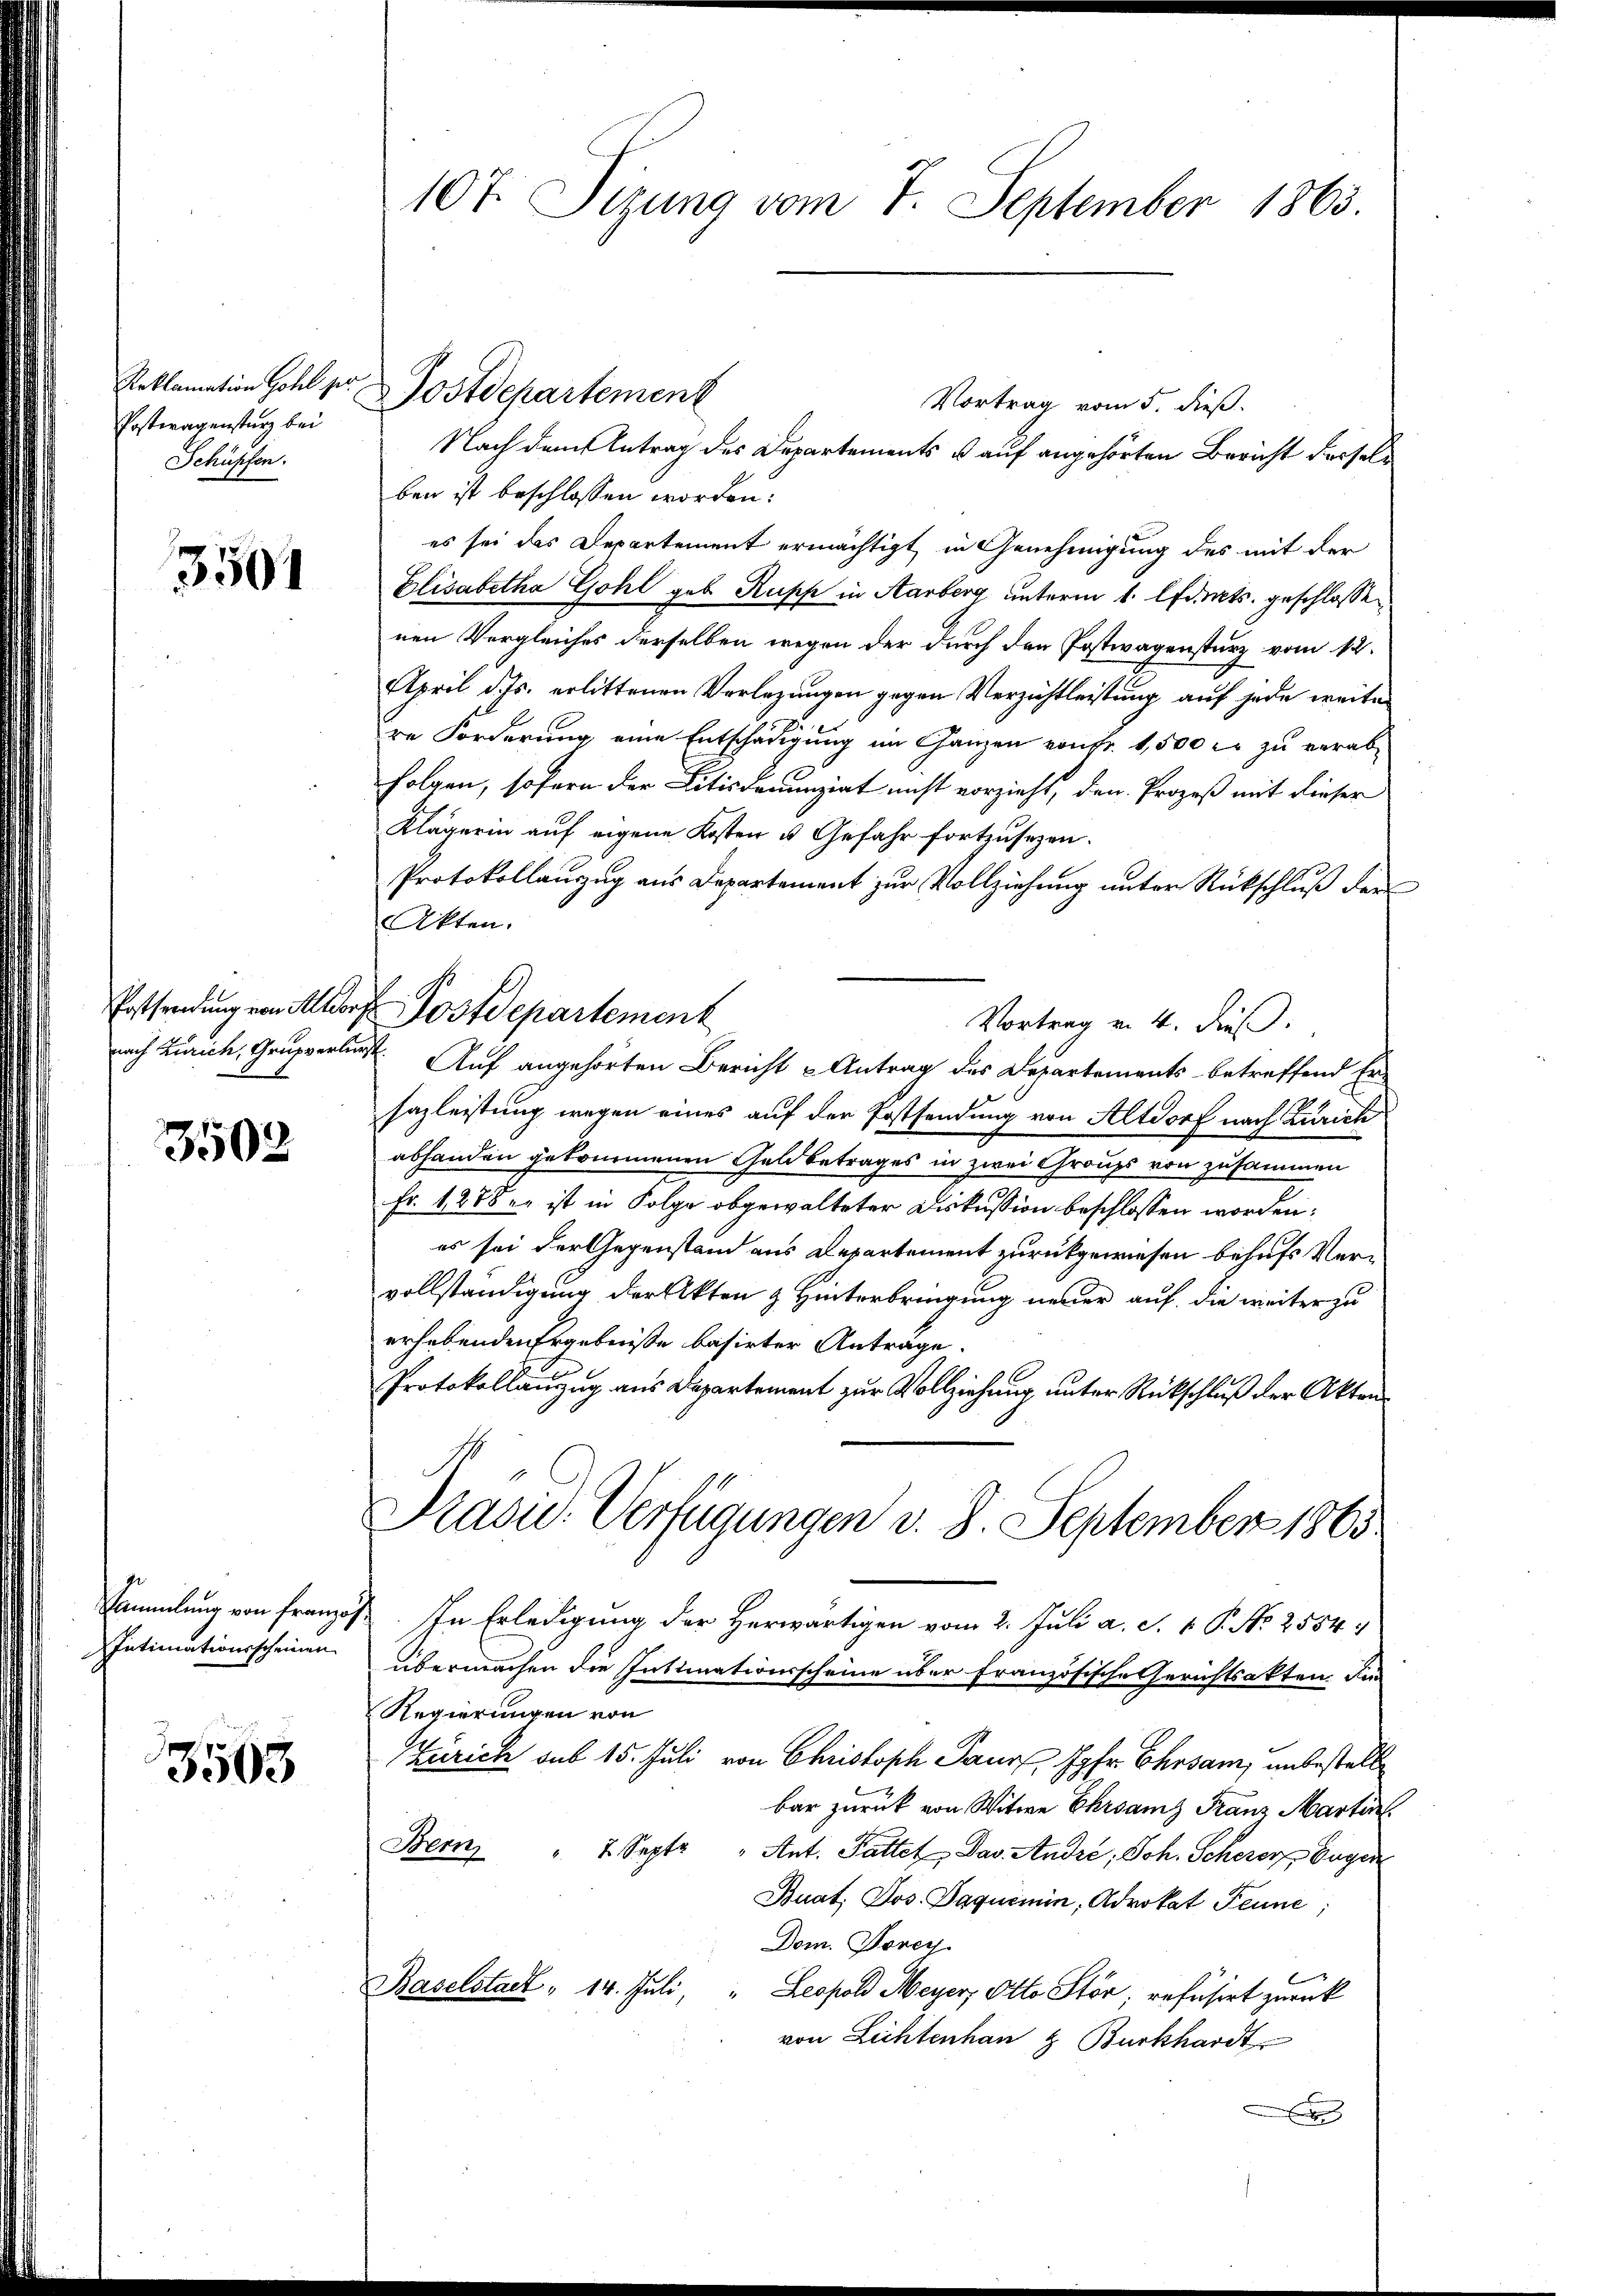
Postwagensturz bei
Schüpfen.

3501

Postfordung von Altdor
nach Zürich, Grupperlin

3502

Sammlung von französ.
Intimationsscheinen

3503

107. Sizung vom 7. September 1863.

Vortrag vom 5. dieß.
Nach dem Antrag des Departements u auf angehörten Bericht derselben ist beschlossen worden:
es sei das Departement ermächtigt, in Genehmigung des mit der
Elisabetha Gohl geb. Rupp in Aarberg unterm 1. Adrats. geschlossen
nen Vergleiches derselben wegen der durch den Postwagensturz vom 12.
April d. Js. erlittenen Verlegungen gegen Verzichtleistung auf jede weiter
re Forderung eine Entschädigung im Ganzen von fr. 1,500 fr zu verabfolgen, sofern der Litisdenunziat nicht vorzieht, den Prozeß mit dieser
Klägerin auf eigene Kosten u. Gefahr fortzusehen.
Protokollanzug aus Departement zur Vollziehung unter Rückschluß der
Akten.
Vortrag v. 4. dieß.
st. Auf angehörten Bericht u Antrag des Departements betreffend Ersazleistung wegen eines auf der Postsendung von Altdorf nach Zürich
abhanden gekommenen Geld betrages in zwei Graups von zusammen
Fr. 1288 er ist in Folge obgewalteter Diskussion beschlossen worden;
es sei der Gegenstand aus Departement zurückgewiesen behufs Vervollständigung der Akten & Hinterbringung neuer auf die weiter zu
erhebenden Ergebniße basirter Anträge.
Protokollanzug aus Departement zur Vollziehung unter Rückschluß der Akten
Präsid.. Verfügungen v. 8. September 1865.
“. In Erledigung der Herwärtigen vom 2. Juli a. S. 1 P. No 2554.
übermachen die Intimationsscheine über französische Gerichtsakten. Die
Regierungen von
Zürich sub 15. Juli von Christoph Paur Jgfr. Ehrsam, unbestelle
bar zurück von Witwe Ehrsams Franz Martin
Bern 7 Septe
Ant. Fattet, Das André, Joh. Scherer Eugen
Buat, Jos. Paquimin, Advokat Feune;
Dom. Dorey
Baselstadl " 14. Juli, " Leopold Meyer, Otto Stör; refüsirt zurück
von Lichtenhan & Burkhardt
x

Reklamation Hohl pr Postdepartement

Postdepartement